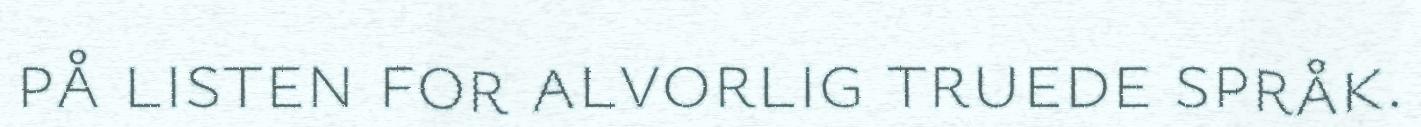
på listen for alvorlig truede språk.